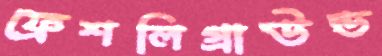
ফ্রেশলিগ্রাউন্ড